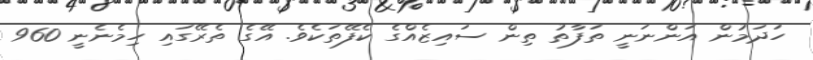
ހަދަމުން އަންނަނީ ތަފާތު ތިން ސައިޒެއްގެ ކެފޭތަކެވެ. އޭގެ ތެރޭގައި ހިމެނެނީ 960